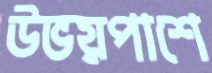
উভয়পাশে